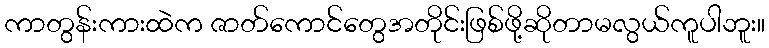
ကာတွန်းကားထဲက ဇာတ်ကောင်တွေအတိုင်းဖြစ်ဖို့ဆိုတာမလွယ်ကူပါဘူး။